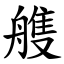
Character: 䑾